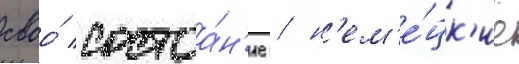
своо́ состоа́н'ие / н'ем'е́цк'ие